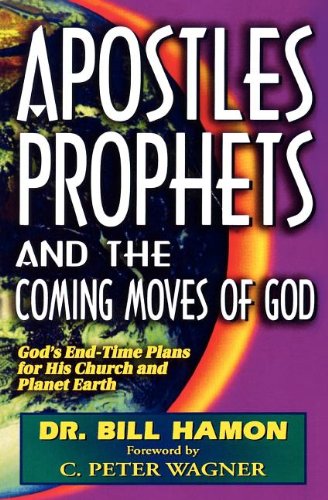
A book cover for Apostles, Prophets and the Coming Moves of God: God's End-Time Plans for His Church and Planet Earth; Bill Hamon; Christian Books & Bibles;